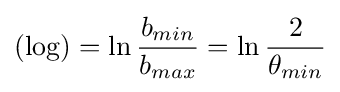
(\operatorname {log} )=\ln {\frac {b_{min}}{b_{max}}}=\ln {\frac {2}{\theta _{min}}}